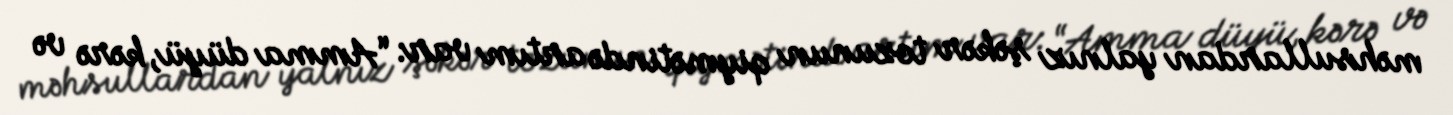
məhsullardan yalnız şəkər tozunun qiymətində artım var: “Amma düyü, kərə və